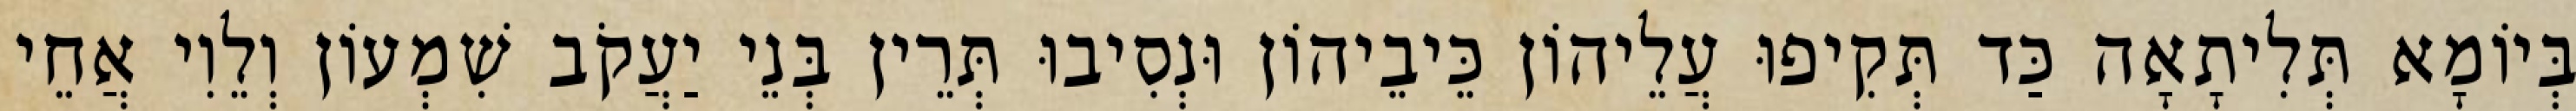
בְּיוֹמָא תְּלִיתָאָה כַּד תְּקִיפוּ עֲלֵיהוֹן כֵּיבֵיהוֹן וּנְסִיבוּ תְּרֵין בְּנֵי יַעֲקֹב שִׁמְעוֹן וְלֵוִי אֲחֵי